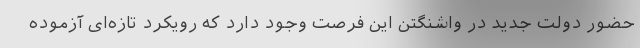
حضور دولت جدید در واشنگتن این فرصت وجود دارد که رویکرد تازه‌ای آزموده